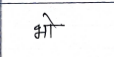
मजकूर: भो